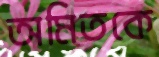
অমিতকে